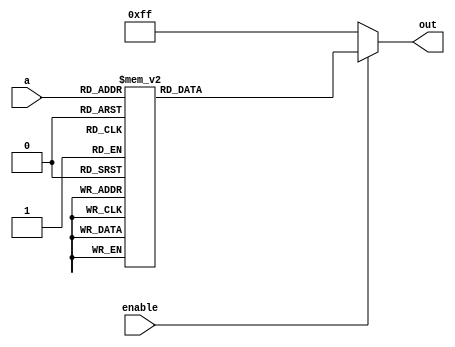
`timescale 1ns / 1ps
//////////////////////////////////////////////////////////////////////////////////
// Company: 
// Engineer: 
// 
// Design Name: 
// Module Name: decoder
// Project Name: 
// Target Devices: 
// Tool Versions: 
// Description: 
// 
// Dependencies: 
// 
// Revision:
// Revision 0.01 - File Created
// Additional Comments:
// 
//////////////////////////////////////////////////////////////////////////////////


module decoder(
    input [2:0] a,
    input enable,
    output reg [7:0] out
    );
    
    always@(a, enable)
        begin
            if(enable == 1)
                case(a)
                    3'b000: out = 8'b00000001;
                    3'b001: out = 8'b00000010;
                    3'b010: out = 8'b00000100;
                    3'b011: out = 8'b00001000;
                    3'b100: out = 8'b00010000;
                    3'b101: out = 8'b00100000;
                    3'b110: out = 8'b01000000;
                    3'b111: out = 8'b10000000;
                    default: out = 8'b11111111;
                endcase
            else
                out = 8'b11111111;
            end
endmodule